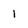
Character: 1